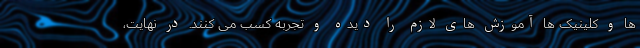
ها و کلینیک ها آموزش های لازم را دیده و تجربه کسب می کنند. در نهایت،